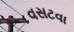
વસટવા